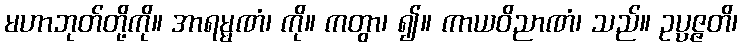
မဟာဘုတ်တို့ကို။ အာရမ္မဏံ၊ ကို။ ကတွာ၊ ၍။ ကာယဝိညာဏံ၊ သည်။ ဥပ္ပဇ္ဇတိ၊